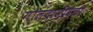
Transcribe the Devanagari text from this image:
गोलंदाजीवेळी